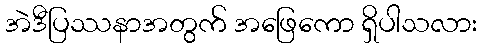
အဲဒီပြဿနာအတွက် အဖြေကော ရှိပါသလား